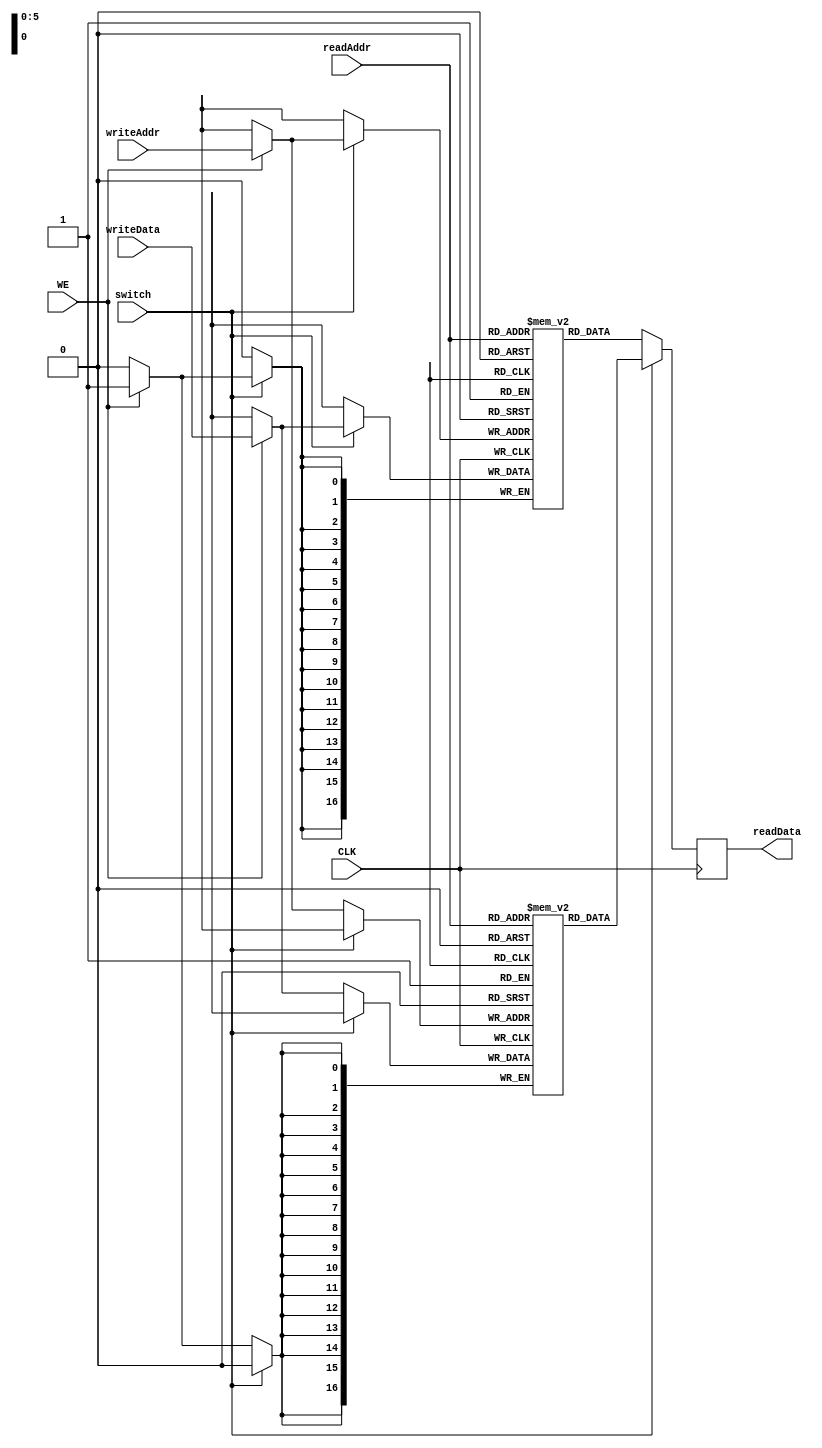
`timescale 1ns / 1ps

module RAM_X_18(
	CLK,
	WE,
	switch,
	readAddr,
	writeAddr,
	readData,
	writeData
);

parameter addr_size = 6;
 
input 								CLK;
input 		[addr_size-1:0] 	readAddr;
input 		[addr_size-1:0] 	writeAddr;

input									WE;		// Write enable
input									switch;	// 0 - WE on RAM0, 1 - WE on RAM1

output reg	[16:0] 				readData;
input			[16:0] 				writeData;

reg			[16:0]				RAM0 [0:2**addr_size-1];
reg			[16:0]				RAM1 [0:2**addr_size-1];

initial
begin
	readData <= 0;
end

always @(posedge CLK)
begin
	// Data written to RAM0 and read from RAM1
	if (!switch)	
	begin
		if(WE)
			RAM0[writeAddr] <= writeData;
		readData <= RAM1[readAddr];
	end
	
	// Data written to RAM1 and read from RAM0
	else
	begin
		if (WE)
			RAM1[writeAddr] <= writeData;
		readData <= RAM0[readAddr];
	end
end
	
endmodule